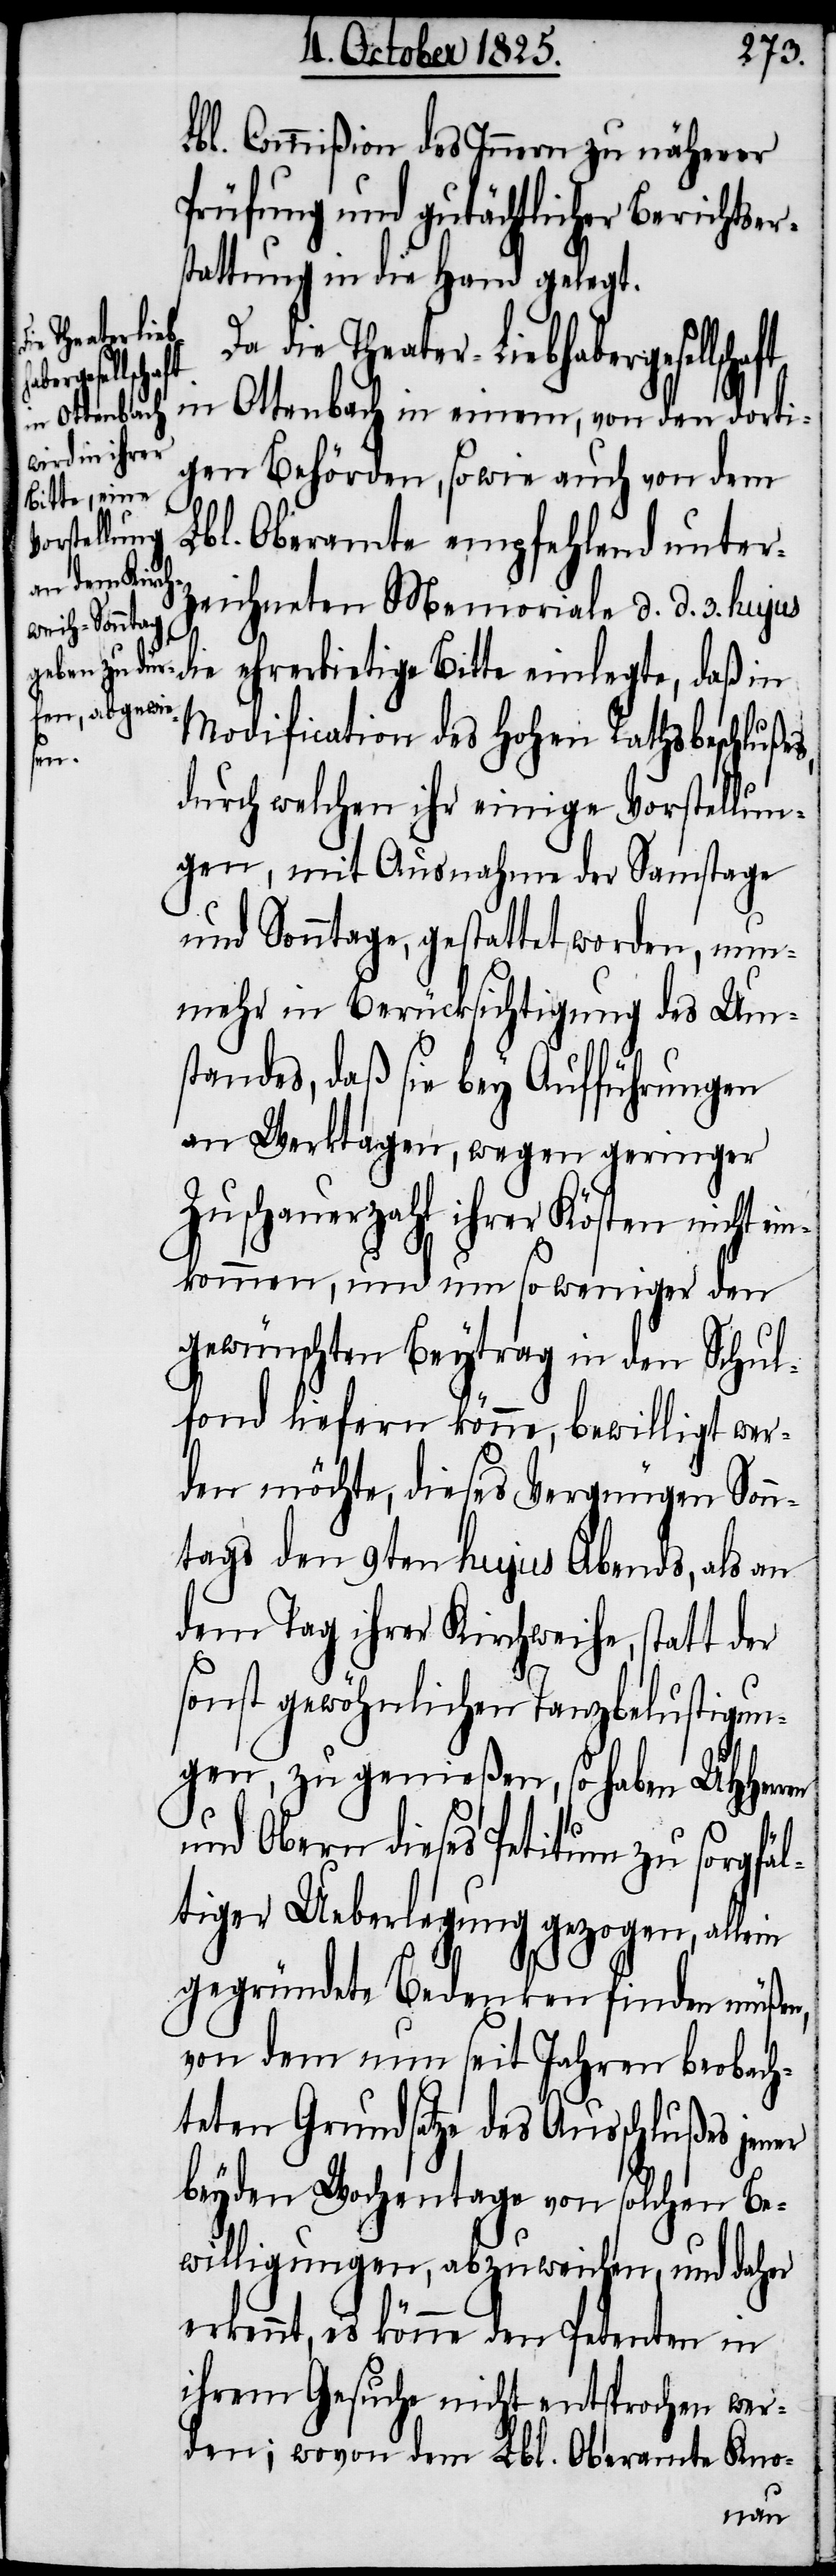
sellschaft

Lbl. Commißion des Innern zu näherer
Prüfung und gutächtlicher Berichtser¬
stattung in die Hand gelegt.
Da die Theater-Liebhaberge¬
in Ottenbach in einem, von den dorti¬
gen Behörden, sowie auch von dem
Lbl. Oberamte empfehlend unter¬
zeichneten Memoriale d. d. 3. hujus
die ehrerbietige Bitte einlegte, daß in
Modification des hohen Rathsbeschlußes,
durch welchen ihr einige Vorstellun¬
gen, mit Ausnahme der Samstage
und Sonntage, gestattet worden, nun¬
mehr in Berücksichtigung des Um¬
standes, daß sie bey Aufführungen
an Werktagen, wegen geringer
Zuschauerzahl ihrer Kösten nicht ei¬
nkommen, und um so weniger den
gewünschten Beytrag in den Schul¬
fond liefern könne, bewilligt wer¬
den möchte, dieses Vergnügen Sonn¬
tags den 9ten hujus Abends, als an
dem Tag ihrer Kirchweihe, statt der
sonst gewöhnlichen Tanzbelustigun¬
gen, zu genießen, so haben UHHerren
und Obern dieses Petitum zu sorgfäl¬
tiger Ueberlegung gezogen, allein
gegründete Bedenken finden müßen,
von dem nun seit Jahren beobach¬
teten Grundsatze des Ausschlußes jener
beyden Wochentage von solchen Be¬
willigungen, abzuweichen, und daher
erkennt, es könne den Petenten in
ihrem Gesuche nicht entsprochen wer¬
den; wovon dem Lbl. Oberamte Kno-